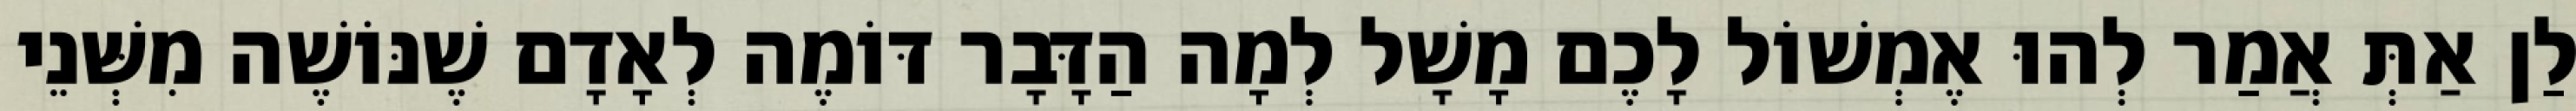
לַן אַתְּ אֲמַר לְהוּ אֶמְשׁוֹל לָכֶם מָשָׁל לְמָה הַדָּבָר דּוֹמֶה לְאָדָם שֶׁנּוֹשֶׁה מִשְּׁנֵי